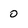
Character: 0